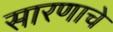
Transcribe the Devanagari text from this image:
सारणाचे